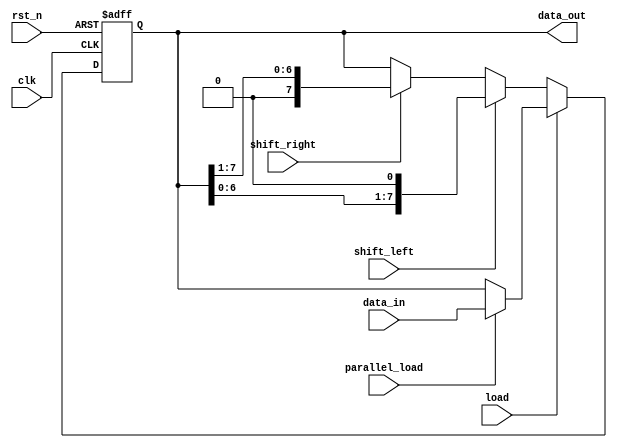
module Universal_Shift_Register (
    input clk,
    input rst_n,
    input shift_left,
    input shift_right,
    input load,
    input parallel_load,
    input [7:0] data_in,
    output reg [7:0] data_out
);

reg [7:0] shift_reg;

always @ (posedge clk or negedge rst_n) begin
    if (~rst_n) begin
        shift_reg <= 8'b0;
    end else begin
        if (load) begin
            if (parallel_load) begin
                shift_reg <= data_in;
            end else begin
                shift_reg <= shift_reg;
            end
        end else begin
            if (shift_left) begin
                shift_reg <= {shift_reg[6:0], 1'b0};
            end else if (shift_right) begin
                shift_reg <= {1'b0, shift_reg[7:1]};
            end else begin
                shift_reg <= shift_reg;
            end
        end
    end
end

assign data_out = shift_reg;

endmodule